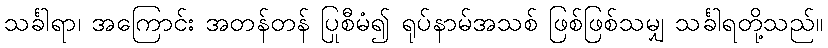
သင်္ခါရာ၊ အကြောင်း အတန်တန် ပြုစီမံ၍ ရုပ်နာမ်အသစ် ဖြစ်ဖြစ်သမျှ သင်္ခါရတို့သည်။